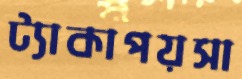
ট্যাকাপয়সা